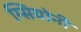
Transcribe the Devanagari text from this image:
ग्सियोनी